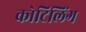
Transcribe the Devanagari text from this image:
कोटिलिंग